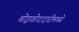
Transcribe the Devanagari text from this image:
वोइवोददारीमध्ये